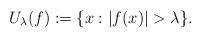
LaTeX: \begin{align*} U_\lambda(f) := \{ x : |f(x)| > \lambda \}. \end{align*}